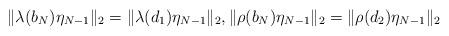
LaTeX: \begin{align*}\|\lambda(b_N)\eta_{N-1}\|_2=\|\lambda(d_1)\eta_{N-1}\|_2,\|\rho(b_N)\eta_{N-1}\|_2=\|\rho(d_2)\eta_{N-1}\|_2\end{align*}